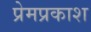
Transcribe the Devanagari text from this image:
प्रेमप्रकाश